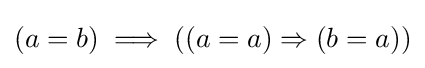
(a=b)\implies ((a=a)\Rightarrow (b=a))